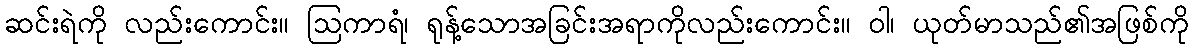
ဆင်းရဲကို လည်းကောင်း။ ဩကာရံ၊ ရုန့်သောအခြင်းအရာကိုလည်းကောင်း။ ဝါ၊ ယုတ်မာသည်၏အဖြစ်ကို